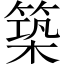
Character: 築